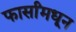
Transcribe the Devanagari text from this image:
फार्सांमधून